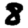
Digit: 8